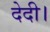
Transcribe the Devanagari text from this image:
देदी।